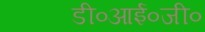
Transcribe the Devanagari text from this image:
डी०आई०जी०